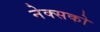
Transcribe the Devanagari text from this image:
नेक्सको